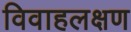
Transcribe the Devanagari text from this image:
विवाहलक्षण